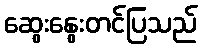
ဆွေးနွေးတင်ပြသည်